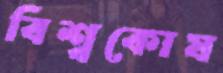
বিশ্বকোষ